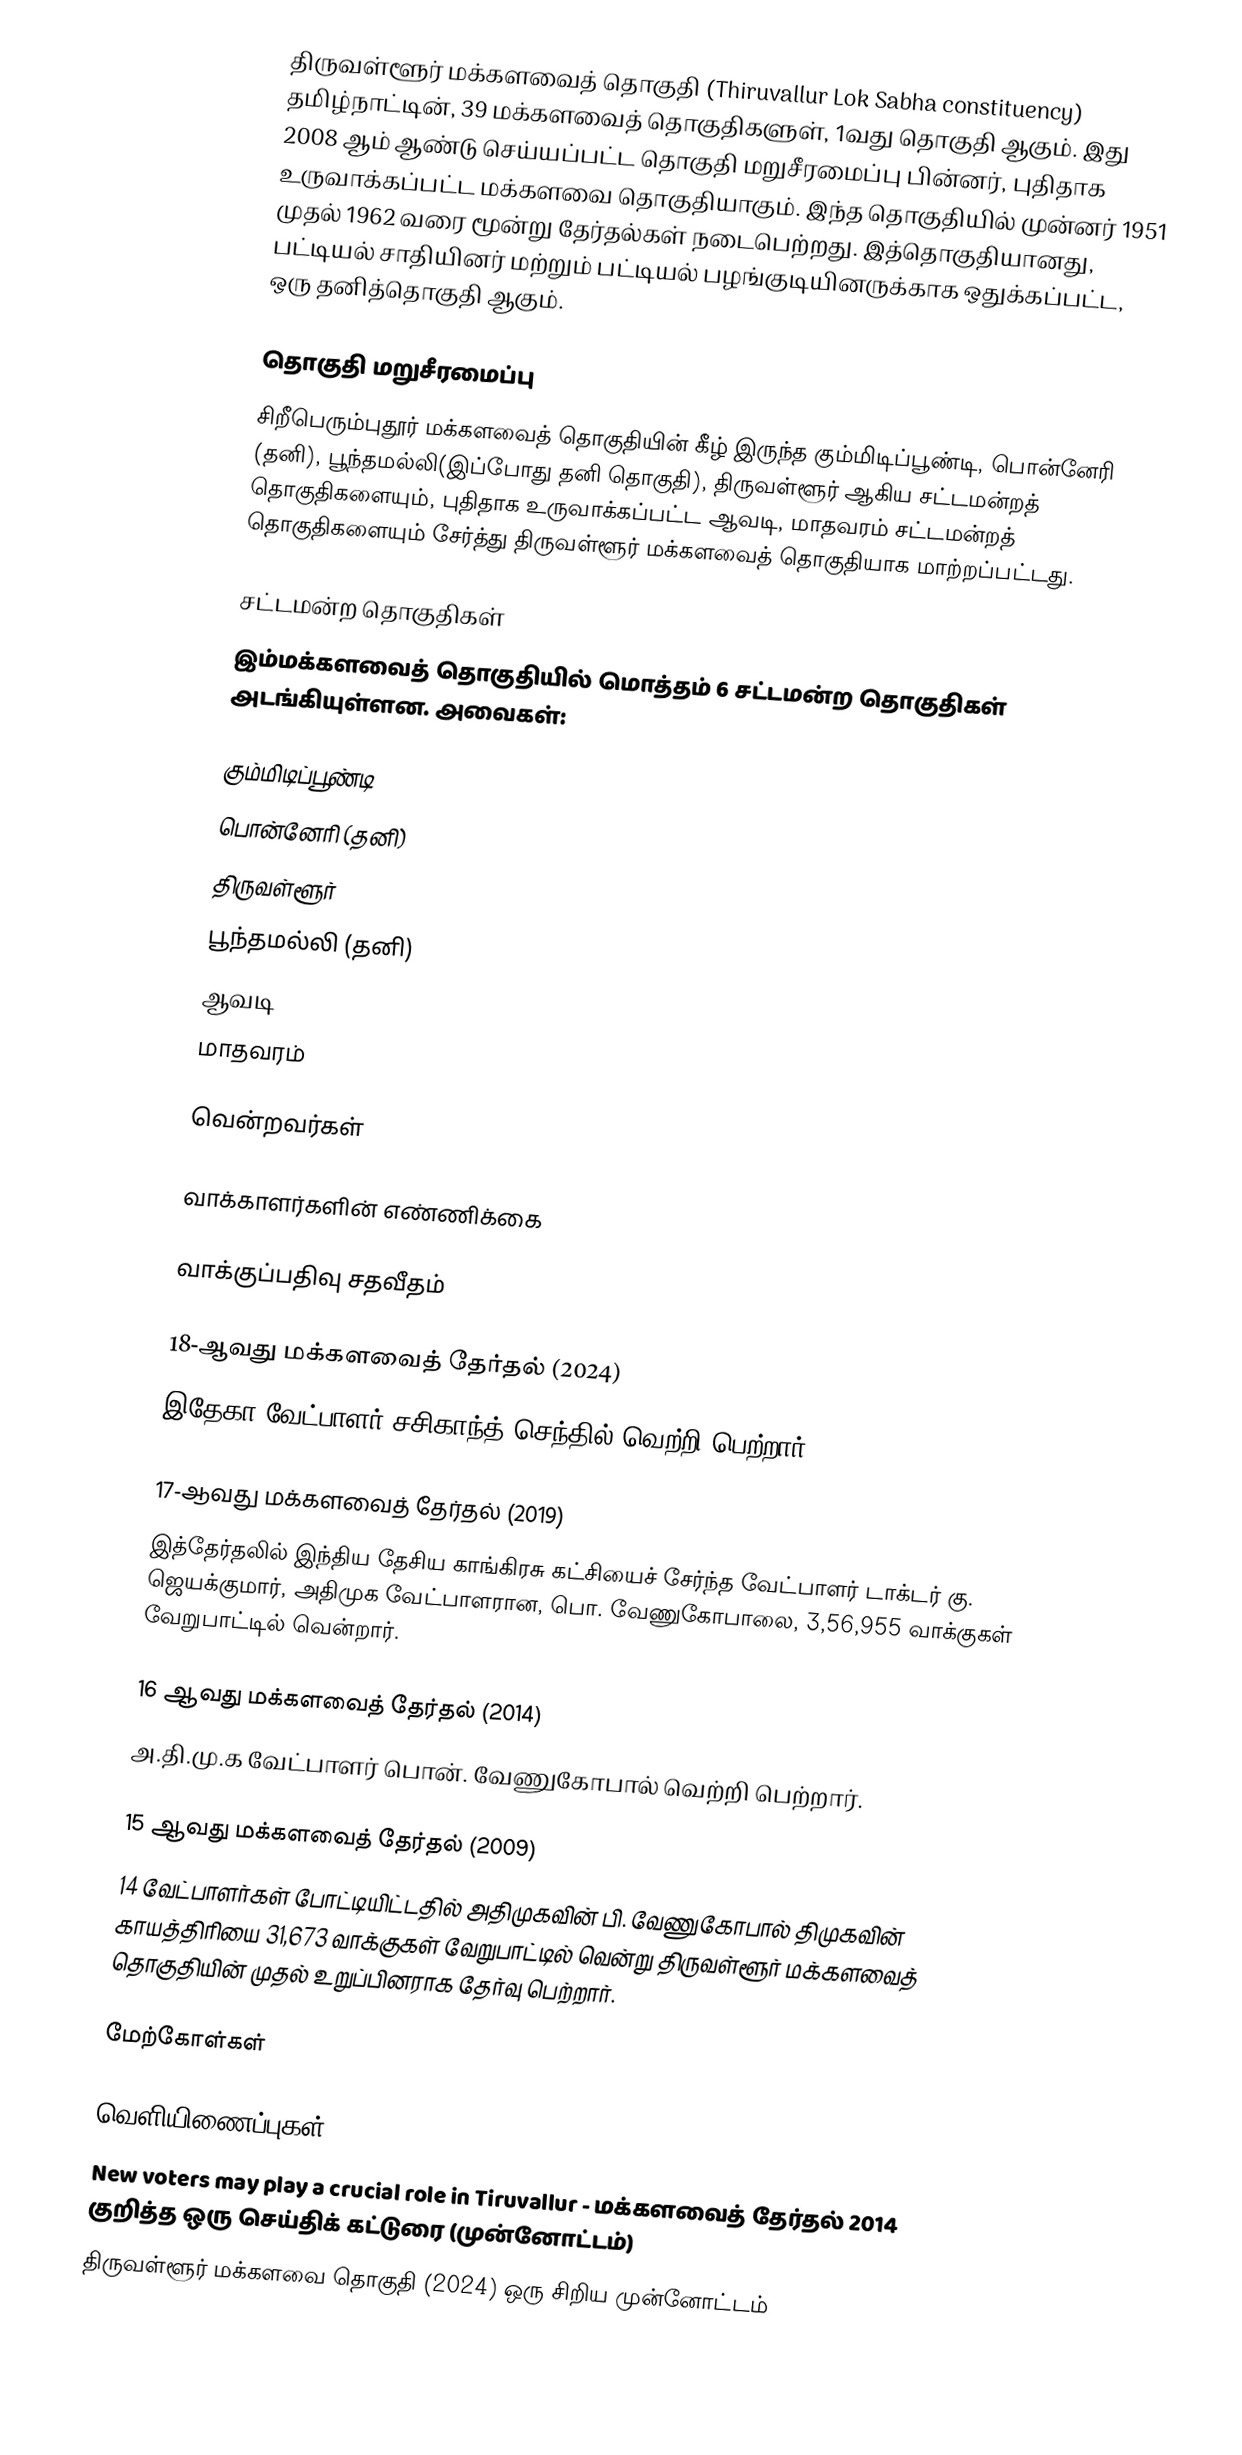
திருவள்ளூர் மக்களவைத் தொகுதி (Thiruvallur Lok Sabha constituency) தமிழ்நாட்டின், 39 மக்களவைத் தொகுதிகளுள், 1வது தொகுதி ஆகும். இது 2008 ஆம் ஆண்டு செய்யப்பட்ட தொகுதி மறுசீரமைப்பு பின்னர், புதிதாக உருவாக்கப்பட்ட மக்களவை தொகுதியாகும். இந்த தொகுதியில் முன்னர் 1951 முதல் 1962 வரை மூன்று தேர்தல்கள் நடைபெற்றது. இத்தொகுதியானது, பட்டியல் சாதியினர் மற்றும் பட்டியல் பழங்குடியினருக்காக ஒதுக்கப்பட்ட, ஒரு தனித்தொகுதி ஆகும்.

தொகுதி மறுசீரமைப்பு
சிறீபெரும்புதூர் மக்களவைத் தொகுதியின் கீழ் இருந்த கும்மிடிப்பூண்டி, பொன்னேரி (தனி), பூந்தமல்லி(இப்போது தனி தொகுதி), திருவள்ளூர் ஆகிய சட்டமன்றத் தொகுதிகளையும், புதிதாக உருவாக்கப்பட்ட ஆவடி, மாதவரம் சட்டமன்றத் தொகுதிகளையும் சேர்த்து திருவள்ளூர் மக்களவைத் தொகுதியாக மாற்றப்பட்டது.

சட்டமன்ற தொகுதிகள்
இம்மக்களவைத் தொகுதியில் மொத்தம் 6 சட்டமன்ற தொகுதிகள் அடங்கியுள்ளன. அவைகள்:

 கும்மிடிப்பூண்டி
 பொன்னேரி (தனி)
 திருவள்ளூர்
 பூந்தமல்லி (தனி)
 ஆவடி
 மாதவரம்

வென்றவர்கள்

வாக்காளர்களின் எண்ணிக்கை

வாக்குப்பதிவு சதவீதம்

18-ஆவது மக்களவைத் தேர்தல் (2024)
இதேகா வேட்பாளர் சசிகாந்த் செந்தில் வெற்றி பெற்றார்.

17-ஆவது மக்களவைத் தேர்தல் (2019)
இத்தேர்தலில் இந்திய தேசிய காங்கிரசு கட்சியைச் சேர்ந்த வேட்பாளர் டாக்டர் கு. ஜெயக்குமார், அதிமுக வேட்பாளரான, பொ. வேணுகோபாலை, 3,56,955 வாக்குகள் வேறுபாட்டில் வென்றார்.

16 ஆவது மக்களவைத் தேர்தல் (2014)
அ.தி.மு.க வேட்பாளர் பொன். வேணுகோபால் வெற்றி பெற்றார்.

15 ஆவது மக்களவைத் தேர்தல் (2009)
14 வேட்பாளர்கள் போட்டியிட்டதில் அதிமுகவின் பி. வேணுகோபால் திமுகவின் காயத்திரியை 31,673 வாக்குகள் வேறுபாட்டில் வென்று திருவள்ளூர் மக்களவைத் தொகுதியின் முதல் உறுப்பினராக தேர்வு பெற்றார்.

மேற்கோள்கள்

வெளியிணைப்புகள்
 New voters may play a crucial role in Tiruvallur - மக்களவைத் தேர்தல் 2014 குறித்த ஒரு செய்திக் கட்டுரை (முன்னோட்டம்)
 திருவள்ளூர் மக்களவை தொகுதி (2024) ஒரு சிறிய முன்னோட்டம்